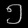
Digit: ၅